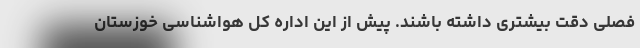
فصلی دقت بیشتری داشته باشند. پیش از این اداره کل هواشناسی خوزستان